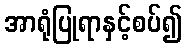
အာရုံပြုရာနှင့်စပ်၍